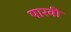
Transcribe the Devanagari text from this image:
पारवी